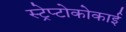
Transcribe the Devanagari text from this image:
स्ट्रेप्टोकोकाई